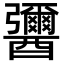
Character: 𨣾